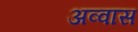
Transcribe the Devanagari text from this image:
अव्वास